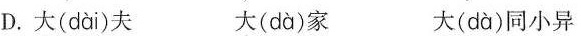
D.大( dài )夫 大( dà )家 大( dà )同小异